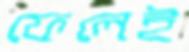
ফেলেই